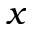
x